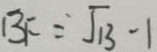
B F = \sqrt { 1 3 } - 1